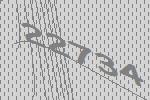
22734